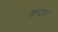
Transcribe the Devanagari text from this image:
अन्यश्